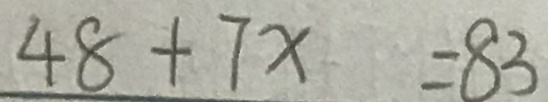
4 8 + 7 x = 8 3